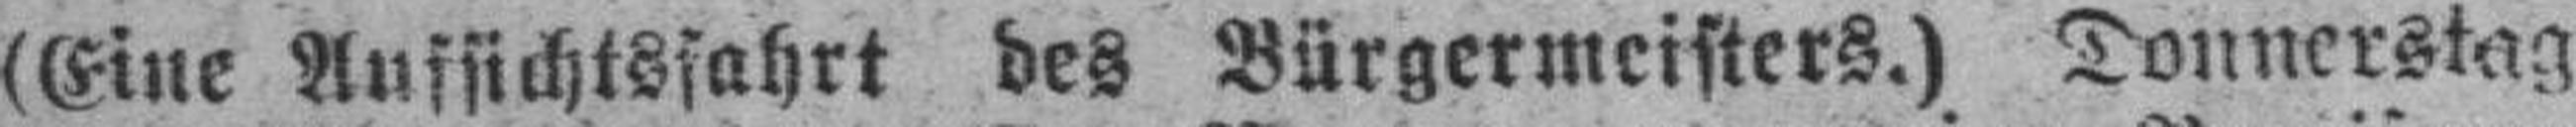
(Eine Aussichtsfahrt des Bürgermeisters.) Donnerstag